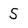
Character: 5